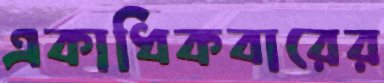
একাধিকবারের